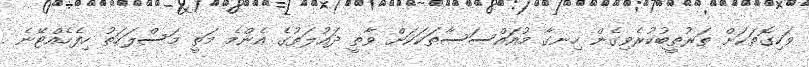
ވަކިގޮތަކަށް ތަރުތީބުކުރެވިގެން ހިނގާ މުއައްސަސާތަކަކަށް ވާތީ ދައުލަތުގެ އެންމެ މަތީ މަސްލަހަތު ހިފެހެއްޓޭނެ